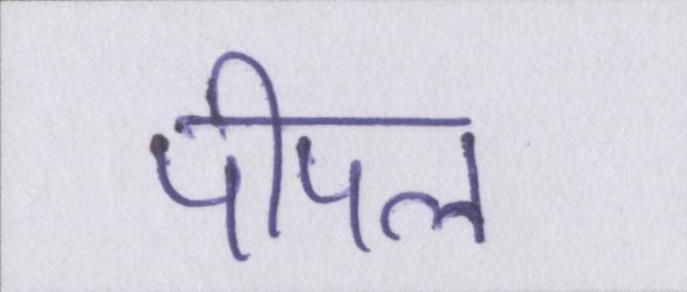
पीपल